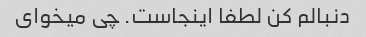
دنبالم کن لطفا اینجاست. چی میخوای